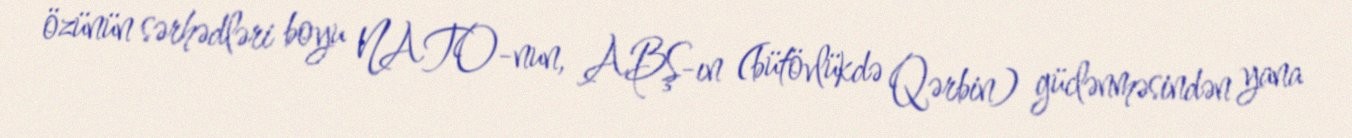
özünün sərhədləri boyu NATO-nun, ABŞ-ın (bütövlükdə Qərbin) güclənməsindən yana